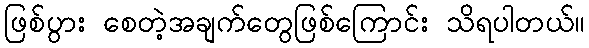
ဖြစ်ပွား စေတဲ့အချက်တွေဖြစ်ကြောင်း သိရပါတယ်။